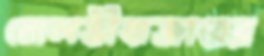
মোলভীবাজারের